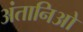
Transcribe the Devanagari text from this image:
अंतानिओ